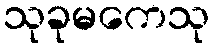
သုခုမကေသု